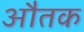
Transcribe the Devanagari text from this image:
औतक